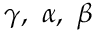
\gamma , ~ \alpha , ~ \beta